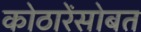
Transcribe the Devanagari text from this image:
कोठारेंसोबत